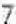
7